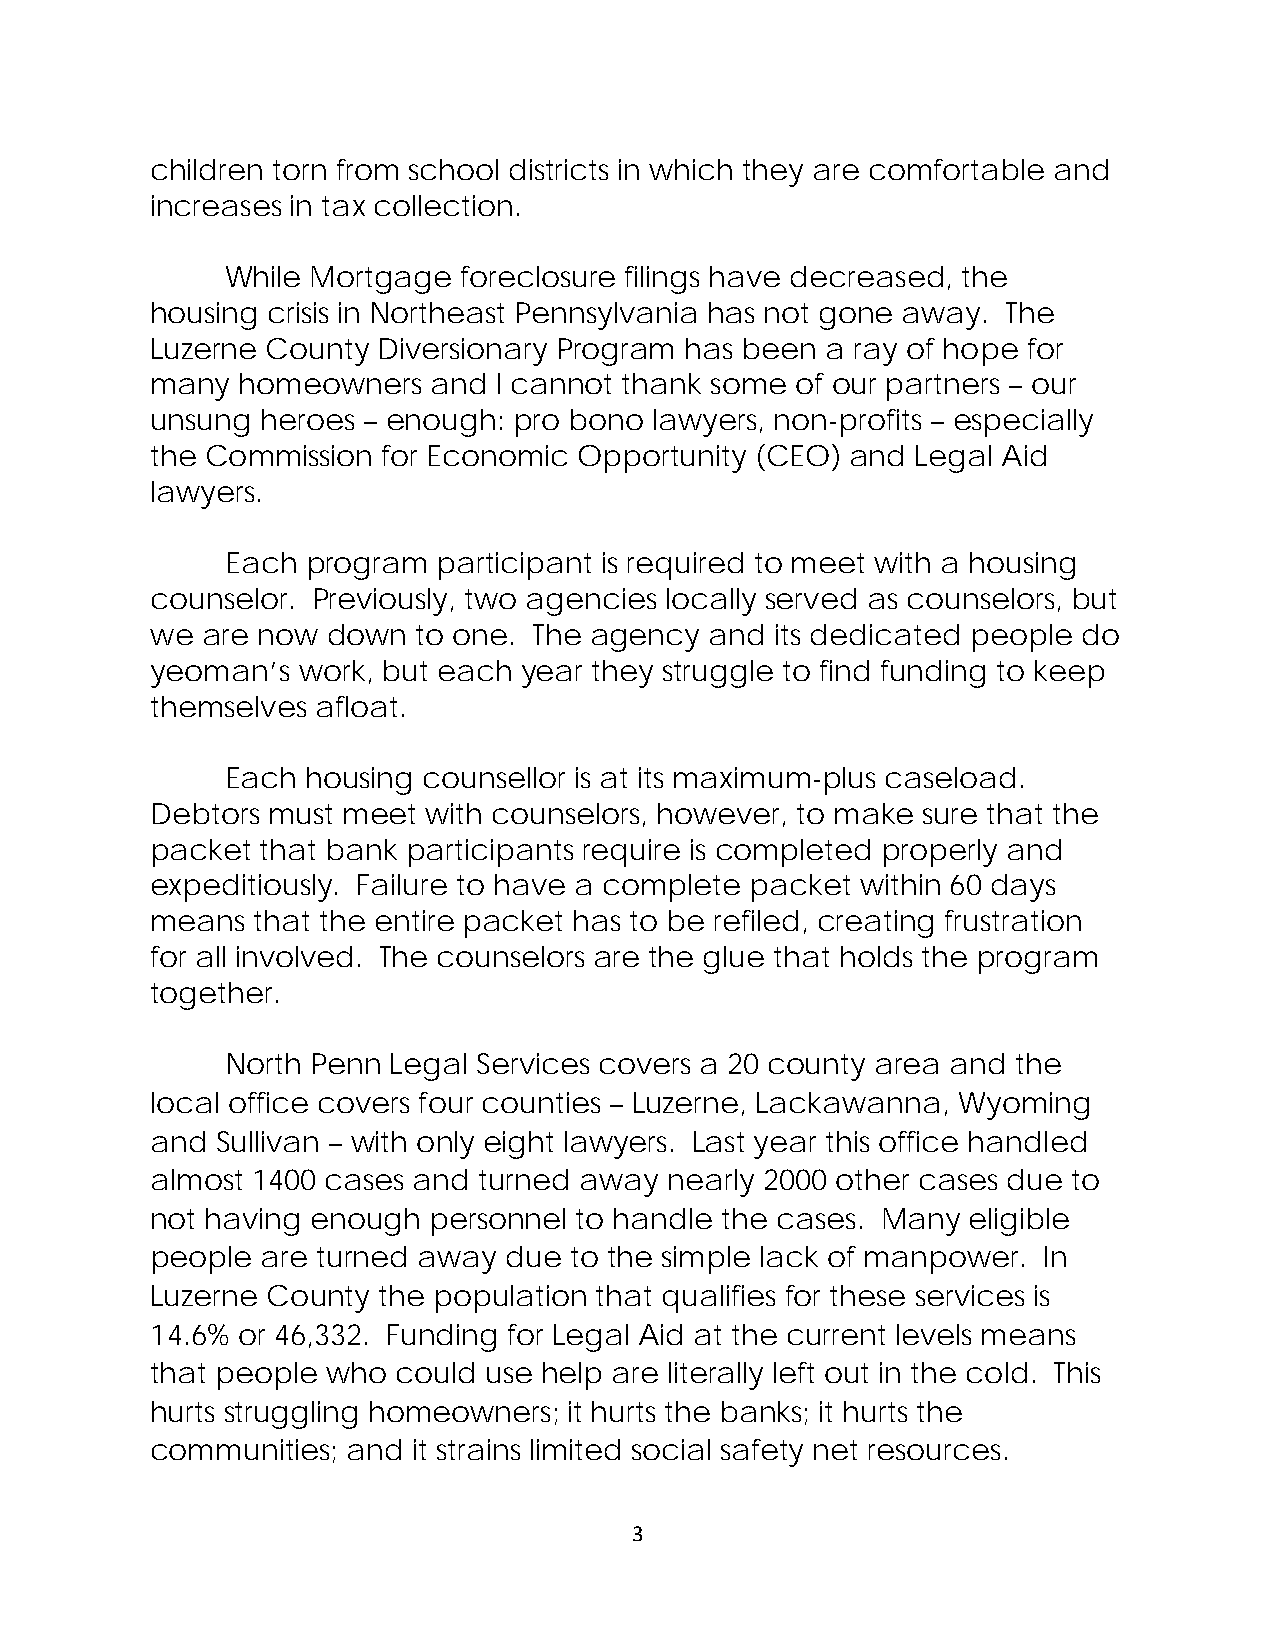
children torn from school districts in which they are comfortable and
 increases in tax collection.
 While Mortgage foreclosure filings have decreased, the
 housing crisis in Northeast Pennsylvania has not gone away. The
 Luzerne County Diversionary Program has been a ray of hope for
 many  homeowners  and  I cannot thank some of our partners – our
 unsung heroes – enough: pro bono lawyers, non-profits – especially
 the Commission for Economic Opportunity (CEO) and  Legal Aid
 lawyers.
 Each program  participant is required to meet with a housing
 counselor. Previously, two agencies locally served as counselors, but
 we are now  down  to one. The agency and its dedicated people do
 yeoman’s  work, but each year they struggle to find funding to keep
 themselves afloat.
 Each housing counsellor is at its maximum-plus caseload.
 Debtors must meet with counselors, however, to make sure that the
 packet that bank participants require is completed properly and
 expeditiously. Failure to have a complete packet within 60 days
 means  that the entire packet has to be refiled, creating frustration
 for all involved. The counselors are the glue that holds the program
 together.
 North Penn Legal Services covers a 20 county area and the
 local office covers four counties – Luzerne, Lackawanna, Wyoming
 and Sullivan – with only eight lawyers. Last year this office handled
 almost 1400 cases and turned away nearly 2000 other cases due to
 not having enough personnel to handle the cases. Many eligible
 people are turned away due  to the simple lack of manpower. In
 Luzerne County the population that qualifies for these services is
 14.6% or 46,332. Funding for Legal Aid at the current levels means
 that people who could use help are literally left out in the cold. This
 hurts struggling homeowners; it hurts the banks; it hurts the
 communities; and it strains limited social safety net resources.
 3